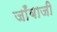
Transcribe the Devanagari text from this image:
जाँबाजी